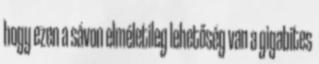
hogy ezen a sávon elméletileg lehetőség van a gigabites